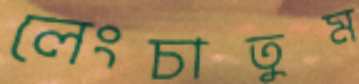
লেংচাতুম